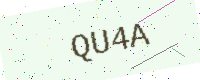
Text: QU4A